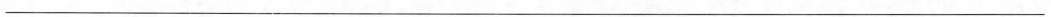
___